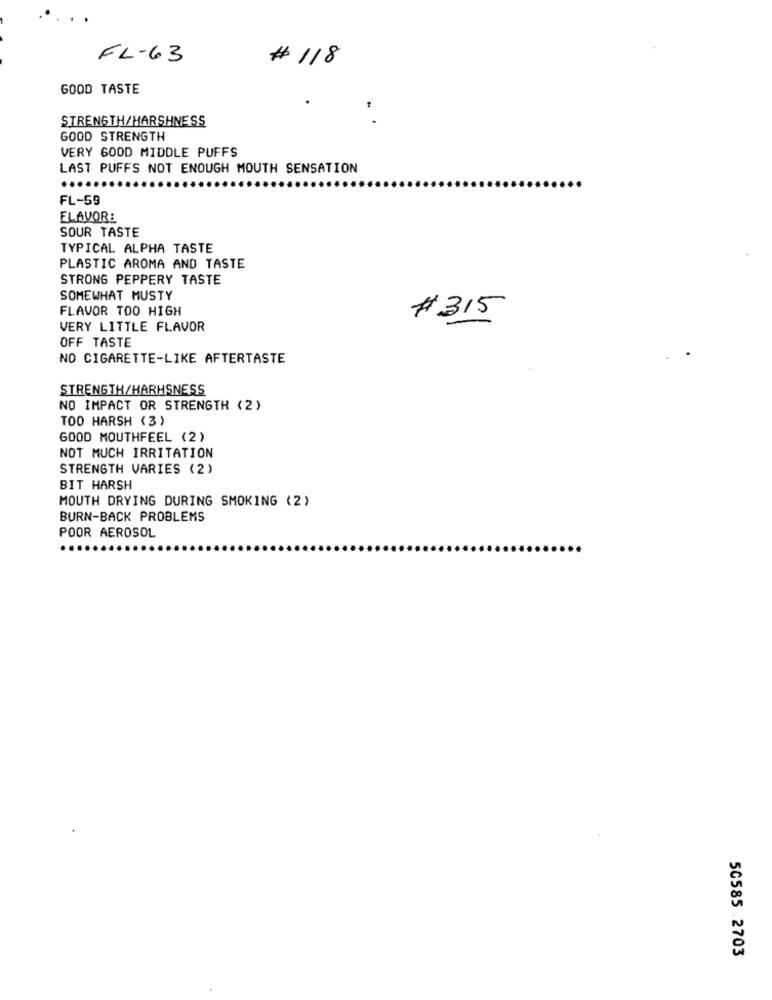
FL-63
# 118
GOOD TASTE
STRENGTH/HARSHNESS
GOOD STRENGTH
VERY GOOD MIDDLE PUFFS
LAST PUFFS NOT ENOUGH MOUTH SENSATION
...
FL-59
FLAVOR:
SOUR TASTE
TYPICAL ALPHA TASTE
PLASTIC AROMA AND TASTE
STRONG PEPPERY TASTE
SOMEWHAT MUSTY
FLAVOR TOO HIGH
# 315
VERY LITTLE FLAVOR
OFF TASTE
NO CIGARETTE-LIKE AFTERTASTE
STRENGTH/HARHSNESS
NO IMPACT OR STRENGTH (2)
TOO HARSH (3)
GOOD MOUTHFEEL (2)
NOT MUCH IRRITATION
STRENGTH VARIES (2)
BIT HARSH
MOUTH DRYING DURING SMOKING (2)
BURN-BACK PROBLEMS
POOR AEROSOL
50585 .2703